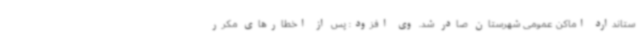
ستاندارد اماکن عمومی شهرستان صادر شد. وی افزود: پس از اخطارهای مکرر